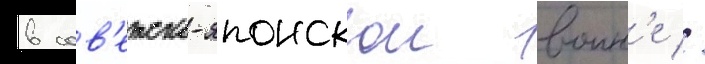
в сов'етско-японскои воин'е //